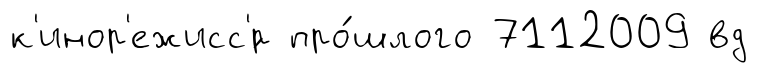
к'инор'ежисс'́р про́шлого 7112009 вд